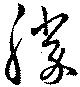
勝